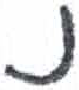
אות: נ